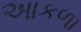
આકળા